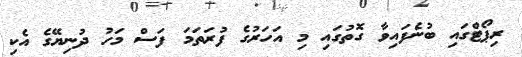
ރިޕޯޓްގައި ބުނެފައިވާ ގޮތުގައި މި އަހަރުގެ ފުރަތަމަ ފަސް މަހު ދުނިޔޭގެ އެކި